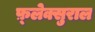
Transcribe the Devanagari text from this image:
फ़्लेक्सुराल